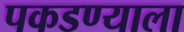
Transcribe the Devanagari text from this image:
पकडण्याला